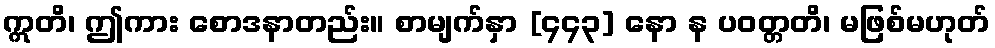
ဣတိ၊ ဤကား စောဒနာတည်း။ စာမျက်နှာ [၄၄၃] နော န ပဝတ္တတိ၊ မဖြစ်မဟုတ်